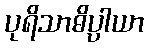
ပုရိသာဓိပ္ပါယာ